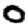
Digit: 0